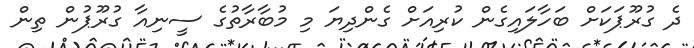
ދެ ގުރޫޕަކަށް ބަހާލައިގެން ކުރިއަށް ގެންދިޔަ މި މުބާރާތުގެ ސީނިއާ ގުރޫޕުން ތިން